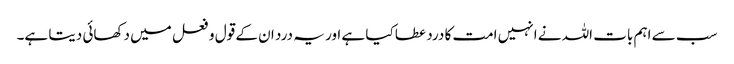
سب سے اہم بات اللہ نے انہیں امت کا درد عطا کیا ہے اور یہ درد ان کے قول و فعل میں دکھائی دیتا ہے۔